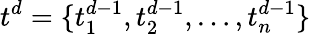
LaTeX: t_{}^{d}=\{ t_{1}^{d-1},t_{2}^{d-1},\dots,t_{n}^{d-1}\}